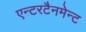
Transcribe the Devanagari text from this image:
एन्टरटैनमेन्ट